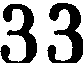
33